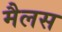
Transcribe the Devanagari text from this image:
मैलस